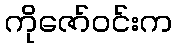
ကိုဇော်ဝင်းက